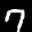
Label: 7